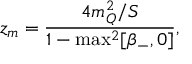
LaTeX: z _ { m } = \frac { 4 m _ { Q } ^ { 2 } / S } { 1 - \operatorname * { m a x } ^ { 2 } [ \beta _ { - } , 0 ] } ,